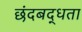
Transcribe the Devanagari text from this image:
छंदबद्धता